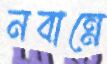
নবান্নে